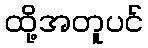
ထို့အတူပင်